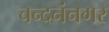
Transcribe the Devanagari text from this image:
चन्दनंनगर